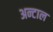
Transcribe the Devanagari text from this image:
अन्टाल